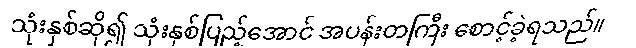
သုံးနှစ်ဆို၍ သုံးနှစ်ပြည့်အောင် အပန်းတကြီး စောင့်ခဲ့ရသည်။